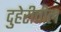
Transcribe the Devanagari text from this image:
दुहेरीतील